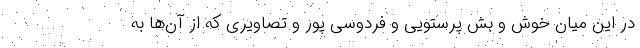
در این میان خوش و بش پرستویی و فردوسی پور و تصاویری که از آن‌ها به